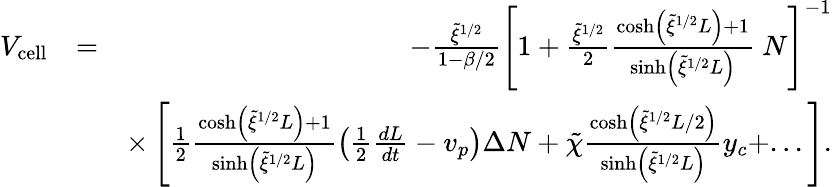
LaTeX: \begin{array}{rlr}{V_{\mathrm{cell}}}&{=}&{-\frac{\tilde{\xi}^{1/2}}{1-\beta/2}\left[1+\frac{\tilde{\xi}^{1/2}}{2}\frac{\cosh\left(\tilde{\xi}^{1/2}L\right)+1}{\sinh\left(\tilde{\xi}^{1/2}L\right)}\ N\right]^{-1}}\\ &{}&{\times\left[\frac{1}{2}\frac{\cosh\left(\tilde{\xi}^{1/2}L\right)+1}{\sinh\left(\tilde{\xi}^{1/2}L\right)}\left(\frac{1}{2}\frac{dL}{dt}-v_{p}\right)\Delta N+\tilde{\chi}\frac{\cosh\left(\tilde{\xi}^{1/2}L/2\right)}{\sinh\left(\tilde{\xi}^{1/2}L\right)}y_{c}+...\right].}\end{array}